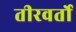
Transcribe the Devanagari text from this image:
तीरवर्तो